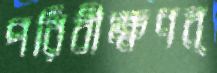
পরিবীক্ষণব্